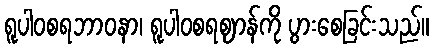
ရူပါဝစရဘာဝနာ၊ ရူပါဝစရဈာန်ကို ပွားစေခြင်းသည်။